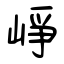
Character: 崢